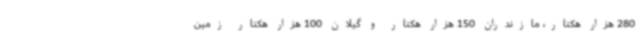
280 هزار هکتار، مازندران 150 هزار هکتار و گیلان 100 هزار هکتار زمین